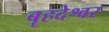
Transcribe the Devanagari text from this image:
बॄहदेश्वर